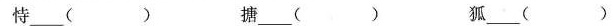
恃___( ) 搪____( ) 狐___( )